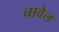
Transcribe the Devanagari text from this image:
चावेल